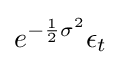
e^{-{\frac {1}{2}}\sigma ^{2}}\epsilon _{t}